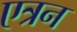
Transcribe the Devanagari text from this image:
एत्रन